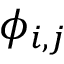
\phi _ { i , j }